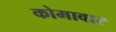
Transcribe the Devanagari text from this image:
कोमावार